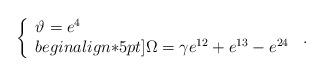
LaTeX: \begin{align*}\left\{\begin{array}{l}\vartheta = e^4 \\begin{align*}5pt]\Omega =\gamma e^{12}+e^{13}-e^{24}\end{array}\right.\,.\end{align*}